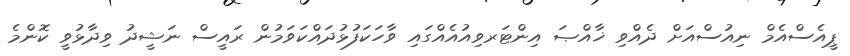
ޕީއެސްއެމް ނިއުސްއަށް ދެއްވި ޚާއްޞަ އިންޓަރވިއުއެއްގައި ވާހަކަފުޅުދައްކަވަމުން ރައީސް ނަޝީދު ވިދާޅުވީ ކޮންމެ